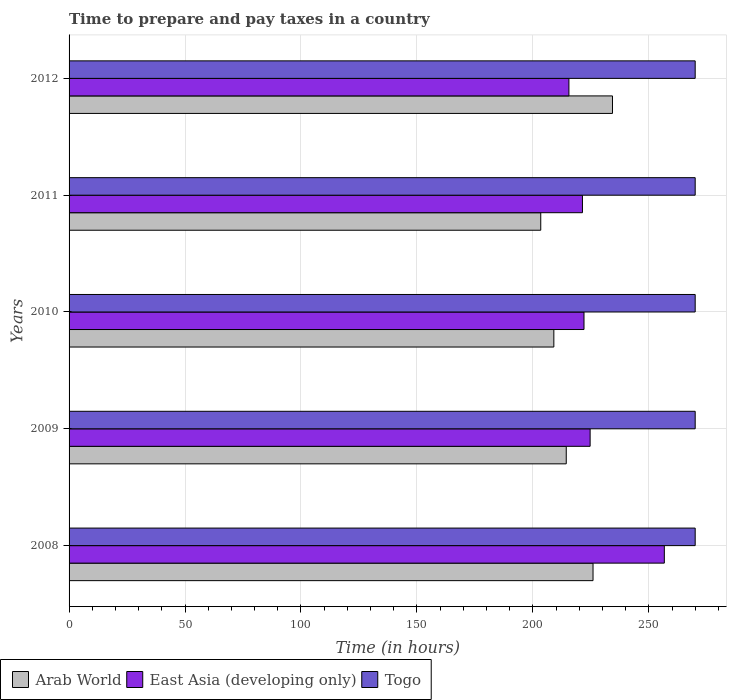
| Years | Arab World | East Asia (developing only) | Togo |
 | --- | --- | --- | --- |
 | 2008 | 226 | 257 | 270 |
 | 2009 | 214 | 225 | 270 |
 | 2010 | 209 | 222 | 270 |
 | 2011 | 203 | 221 | 270 |
 | 2012 | 234 | 216 | 270 |